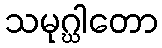
သမုဂ္ဃါတော